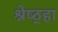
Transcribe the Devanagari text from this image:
श्रेष्ठ्हा